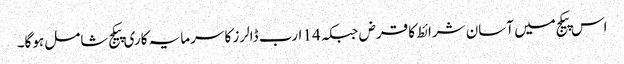
اس پیکج میں آسان شرائط کا قرض جبکہ 14 ارب ڈالرز کا سرمایہ کاری پیکج شامل ہوگا۔